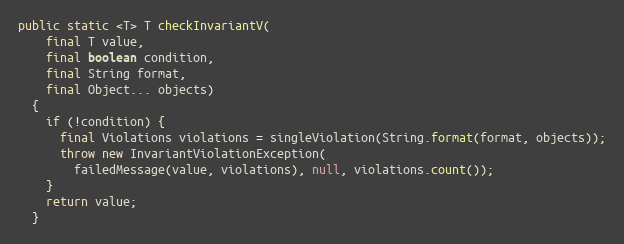
Language: Java
public static <T> T checkInvariantV(
    final T value,
    final boolean condition,
    final String format,
    final Object... objects)
  {
    if (!condition) {
      final Violations violations = singleViolation(String.format(format, objects));
      throw new InvariantViolationException(
        failedMessage(value, violations), null, violations.count());
    }
    return value;
  }